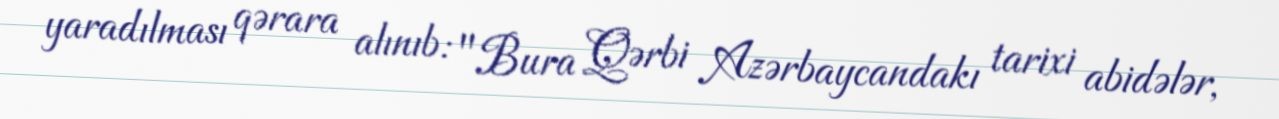
yaradılması qərara alınıb: "Bura Qərbi Azərbaycandakı tarixi abidələr,